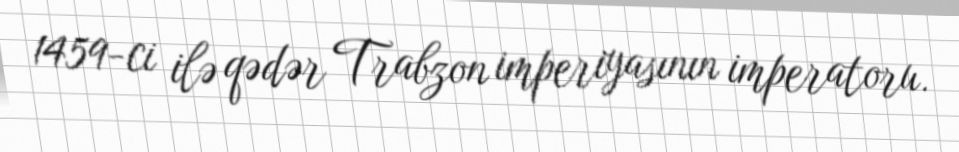
1459-ci ilə qədər Trabzon imperiyasının imperatoru.